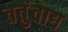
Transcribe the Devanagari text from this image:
ततुंवाद्य